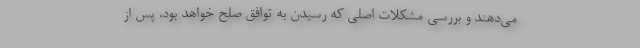
می‌دهند و بررسی مشکلات اصلی که رسیدن به توافق صلح خواهد بود، پس از